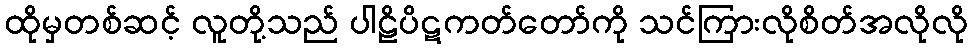
ထိုမှတစ်ဆင့် လူတို့သည် ပါဠိပိဋကတ်တော်ကို သင်ကြားလိုစိတ်အလိုလို